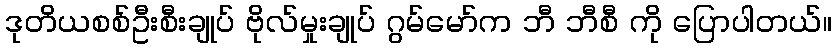
ဒုတိယစစ်ဦးစီးချုပ် ဗိုလ်မှုးချုပ် ဂွမ်မော်က ဘီ ဘီစီ ကို ပြောပါတယ်။